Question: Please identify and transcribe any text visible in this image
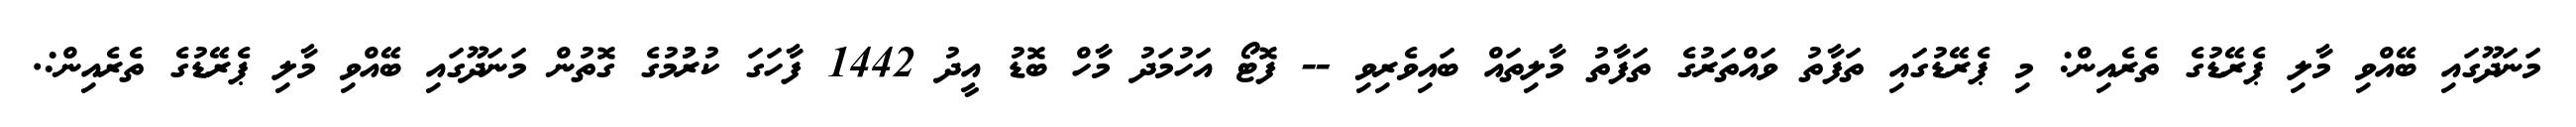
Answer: މަނަދޫގައި ބޭއްވި މާލި ޕެރޭޑުގެ ތެރެއިން: މި ޕެރޭޑުގައި ތަފާތު ވައްތަރުގެ ތަފާތު މާލިތައް ބައިވެރިވި -- ފޮޓޯ އަހުމަދު މާހް ބޮޑު އީދު 1442 ފާހަގަ ކުރުުމުގެ ގޮތުން މަނަދޫގައި ބޭއްވި މާލި ޕެރޭޑުގެ ތެރެއިން:.